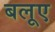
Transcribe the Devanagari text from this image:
बलूए